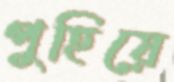
পুহিয়ে